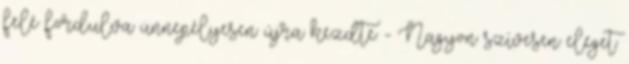
felé fordulva ünnepélyesen újra kezdte: - Nagyon szívesen eleget